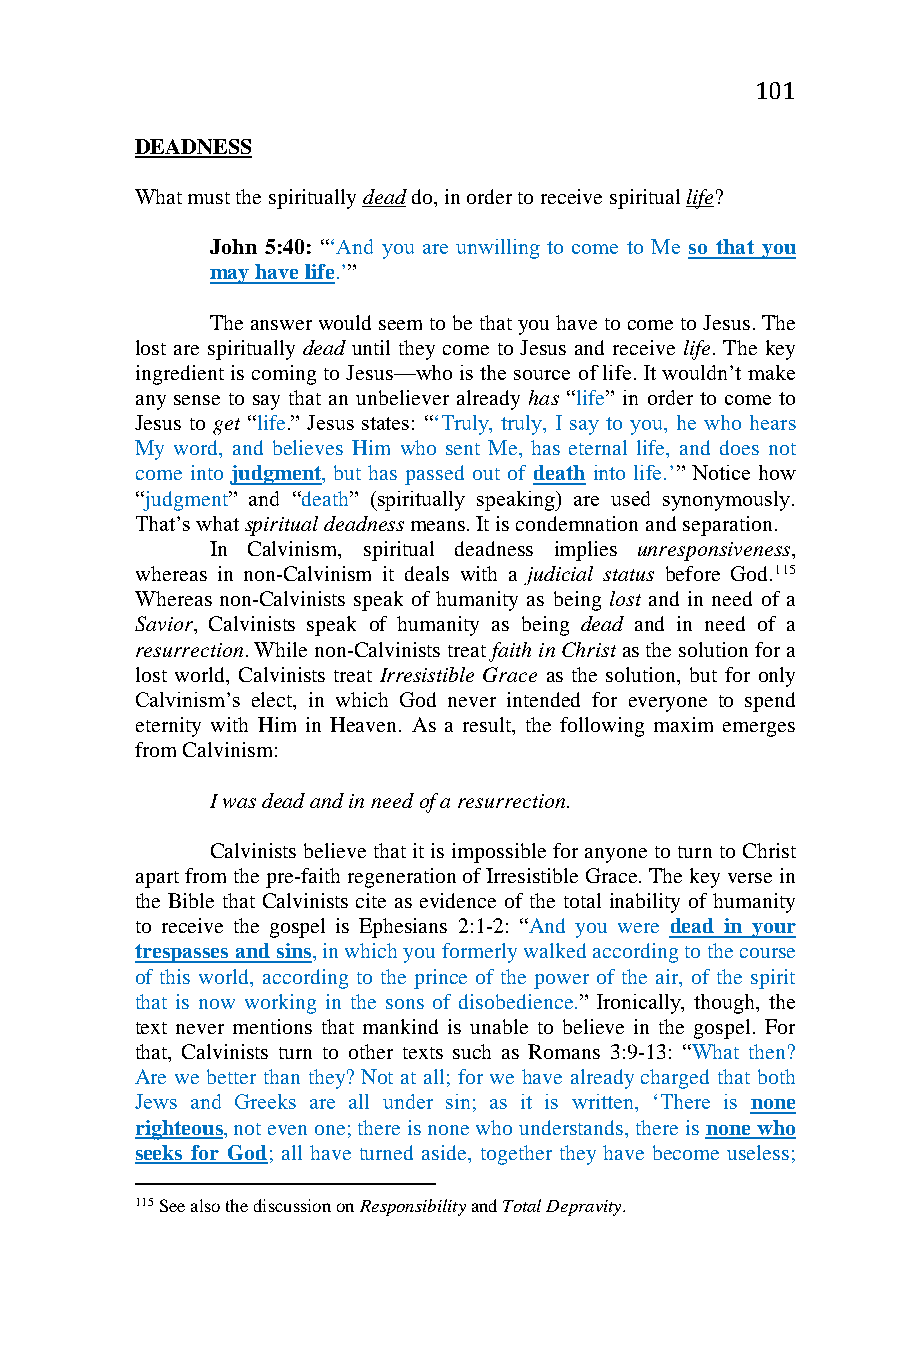
101
 DEADNESS
 What must the spiritually dead do, in order to receive spiritual life?
 John 5:40: “‘And you are unwilling to come to Me so that you
 may have life.’”
 The answer would seem to be that you have to come to Jesus. The
 lost are spiritually dead until they come to Jesus and receive life. The key
 ingredient is coming to Jesus—who is the source of life. It wouldn’t make
 any sense to say that an unbeliever already has “life” in order to come to
 Jesus to get “life.” Jesus states: “‘Truly, truly, I say to you, he who hears
 My word, and believes Him who sent Me, has eternal life, and does not
 come into judgment, but has passed out of death into life.’” Notice how
 “judgment” and “death” (spiritually speaking) are used synonymously.
 That’s what spiritual deadness means. It is condemnation and separation.
 In Calvinism, spiritual deadness implies unresponsiveness,
 whereas in non-Calvinism it deals with a judicial status before God.115
 Whereas non-Calvinists speak of humanity as being lost and in need of a
 Savior, Calvinists speak of humanity as being dead and in need of a
 resurrection. While non-Calvinists treat faith in Christ as the solution for a
 lost world, Calvinists treat Irresistible Grace as the solution, but for only
 Calvinism’s elect, in which God never intended for everyone to spend
 eternity with Him in Heaven. As a result, the following maxim emerges
 from Calvinism:
 I was dead and in need of a resurrection.
 Calvinists believe that it is impossible for anyone to turn to Christ
 apart from the pre-faith regeneration of Irresistible Grace. The key verse in
 the Bible that Calvinists cite as evidence of the total inability of humanity
 to receive the gospel is Ephesians 2:1-2: “And you were dead in your
 trespasses and sins, in which you formerly walked according to the course
 of this world, according to the prince of the power of the air, of the spirit
 that is now working in the sons of disobedience.” Ironically, though, the
 text never mentions that mankind is unable to believe in the gospel. For
 that, Calvinists turn to other texts such as Romans 3:9-13: “What then?
 Are we better than they? Not at all; for we have already charged that both
 Jews and Greeks are all under sin; as it is written, ‘There is none
 righteous, not even one; there is none who understands, there is none who
 seeks for God; all have turned aside, together they have become useless;
 115 See also the discussion on Responsibility and Total Depravity.